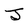
Character: J